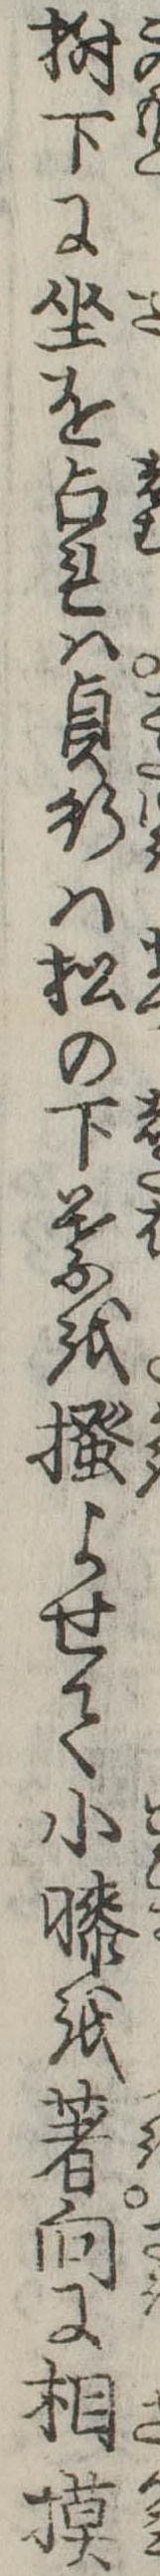
樹下に坐を占れは貞行は松の下葉を掻よせて小膝を著向に相模